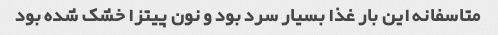
متاسفانه این بار غذا بسیار سرد بود و نون پیتزا خشک شده بود